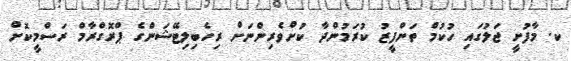
ކ. މާފުށީ ޖަލުގައި ހުކުމް ތަންފީޒު ކުރަމުންދާ ކުށްވެރިންނަށް ރިހެބިލިޓޭޝަންގެ ޕްރޮގްރާމް ރަސްމީކޮށް